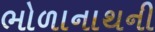
ભોળાનાથની